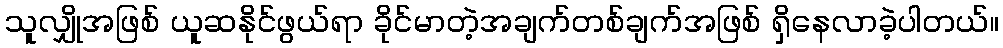
သူလျှိုအဖြစ် ယူဆနိုင်ဖွယ်ရာ ခိုင်မာတဲ့အချက်တစ်ချက်အဖြစ် ရှိနေလာခဲ့ပါတယ်။